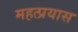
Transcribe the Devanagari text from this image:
महत्प्रयास